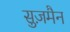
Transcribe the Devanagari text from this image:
सुज़मैन